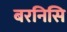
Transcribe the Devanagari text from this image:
बरनिसि